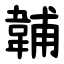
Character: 䪔